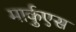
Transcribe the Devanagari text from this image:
मार्कुएस